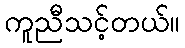
ကူညီသင့်တယ်။